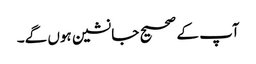
آپ کے صحیح جانشین ہوں گے۔